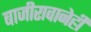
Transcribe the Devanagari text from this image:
बाजीरावानेही